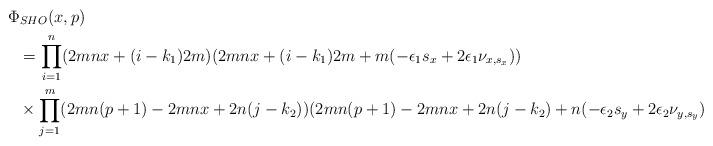
LaTeX: \begin{align*}& \Phi_{SHO}(x,p)\\&\ \ =\prod_{i=1}^{n}(2 mn x +( i-k_{1})2m) (2mn x +(i-k_{1})2m +m(-\epsilon_{1}s_{x}+2\epsilon_{1}\nu_{x,s_{x}})) \\&\ \ \times \prod_{j=1}^{m}( 2 mn (p+1) - 2 mn x + 2 n(j-k_{2}))(2mn (p+1) -2mnx +2n (j-k_{2})+n (-\epsilon_{2}s_{y}+2\epsilon_{2}\nu_{y,s_{y}})).\end{align*}